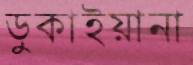
ডুকাইয়ানা